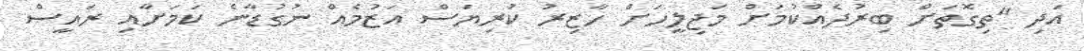
އަދި "ތިގޮތަށް ބިރުދެއްކުމަށް މަޖިލީހަށް ހާޒިރު ކުރިޔަސް އަޒުމެއް ނުގުޑާނެ ކަަމަށާއި ރައީސް